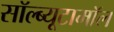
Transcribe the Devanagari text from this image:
सॉल्ब्यूटामॉल